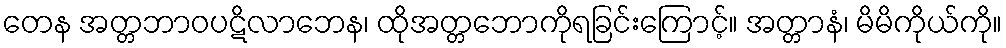
တေန အတ္တဘာဝပဋိလာဘေန၊ ထိုအတ္တဘောကိုရခြင်းကြောင့်။ အတ္တာနံ၊ မိမိကိုယ်ကို။